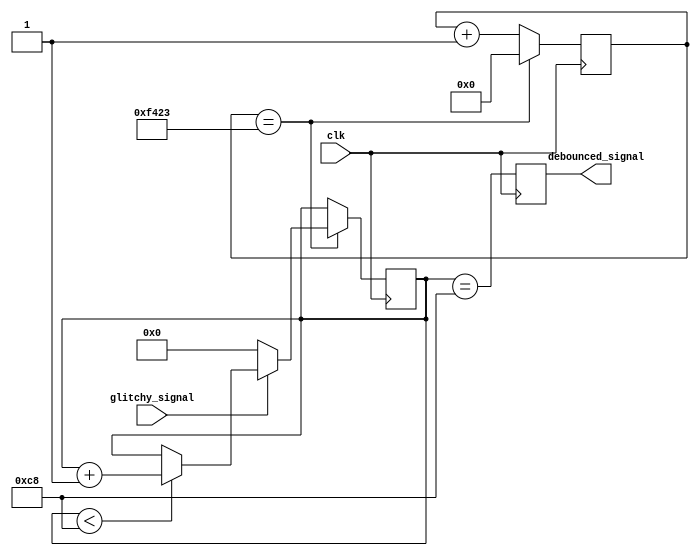
module debouncer #(
    parameter WIDTH              = 1,
    parameter SAMPLE_CNT_MAX     = 62500,
    parameter PULSE_CNT_MAX      = 200,
    parameter WRAPPING_CNT_WIDTH = $clog2(SAMPLE_CNT_MAX),
    parameter SAT_CNT_WIDTH      = $clog2(PULSE_CNT_MAX) + 1
) (
    input clk,
    input [WIDTH-1:0] glitchy_signal,
    output [WIDTH-1:0] debounced_signal
);
    // Declarations of variables used
    reg [WIDTH-1:0] debounced = 0;
    wire on;
    reg [WRAPPING_CNT_WIDTH-1:0] wrapping_counter = 0;
    reg [SAT_CNT_WIDTH-1:0] saturating_counter [WIDTH-1:0];
    reg counter_edge;
    integer i, j;

    assign debounced_signal = debounced;
    assign counter_edge = (wrapping_counter == (SAMPLE_CNT_MAX - 1));


    // All counters should start at 0
    initial begin
        for(j = 0; j < WIDTH; j = j + 1) saturating_counter[j] = 0;
    end

    always @(posedge clk) begin
        wrapping_counter <= (counter_edge) ? 0: wrapping_counter + 1;
    end

    // Clock conditions
    always @(posedge clk) begin
        for(i = 0; i < WIDTH; i=i+1) begin
            if (counter_edge) begin
                if (glitchy_signal[i]) begin
                    if (saturating_counter[i] < PULSE_CNT_MAX) begin
                        saturating_counter[i] <= saturating_counter[i] + 1;
                    end
                end
                else begin
                    saturating_counter[i] <= 0;
                end
            end

        end
    end

    always @(posedge clk) begin
         for(i = 0; i < WIDTH; i = i + 1) begin
            debounced[i] <= (saturating_counter[i] == PULSE_CNT_MAX);
         end
    end
endmodule